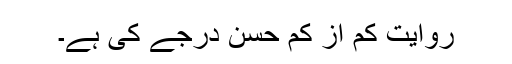
روایت کم از کم حسن درجے کی ہے۔